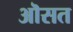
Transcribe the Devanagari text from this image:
ऒसत